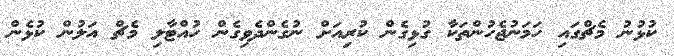
ކުޅުނު މެޗްގައި ހަމަނުޖެހުންތަކާ ގުޅިގެން ކުރިއަށް ނުގެންދެވިގެން ހުއްޓާލި މެޗް އަލުން ކުޅެން